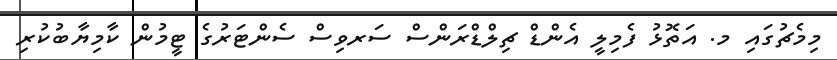
މިމެޗުގައި މ. އަތޮޅު ފެމިލީ އެންޑް ޗިލްޑްރަންސް ސަރވިސް ސެންޓަރުގެ ޓީމުން ކާމިޔާބުކުރި